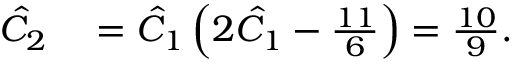
\begin{array} { r l } { \hat { C } _ { 2 } } & { { } = \hat { C } _ { 1 } \left( 2 \hat { C } _ { 1 } - \frac { 1 1 } { 6 } \right) = \frac { 1 0 } { 9 } . } \end{array}